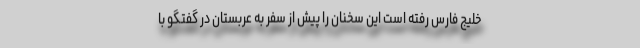
خلیج فارس رفته است این سخنان را پیش از سفر به عربستان در گفتگو با